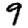
Digit: 9